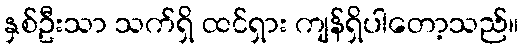
နှစ်ဦးသာ သက်ရှိ ထင်ရှား ကျန်ရှိပါတော့သည်။